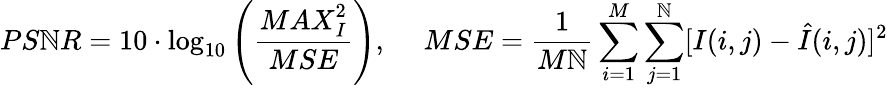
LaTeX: {PS\mathbb{N}R}=10\cdot\log_{10}\left(\frac{{{MAX}_{I}^{2}}}{{{MSE}}}\right),\ \quad{MSE}=\frac{{1}}{{M\mathbb{N}}}\sum_{i=1}^{M}\sum_{j=1}^{\mathbb{N}}[I(i,j)-\hat{{I}}(i,j)]^{2}